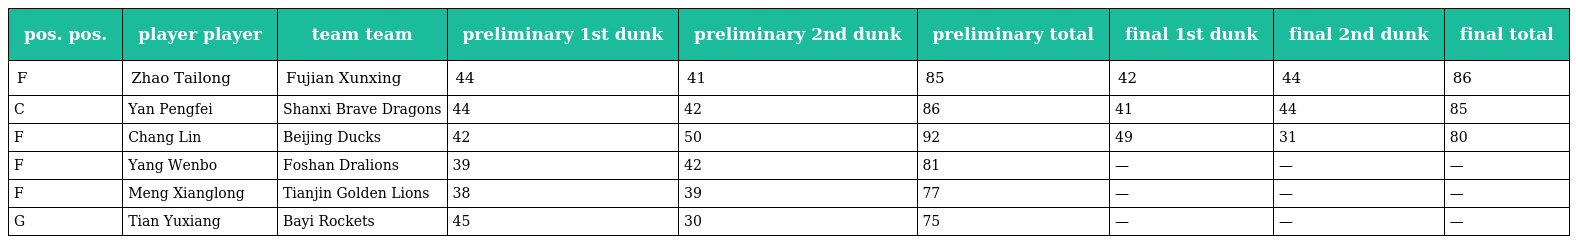
| pos. pos. | player player | team team | preliminary 1st dunk | preliminary 2nd dunk | preliminary total | final 1st dunk | final 2nd dunk | final total |
 | --- | --- | --- | --- | --- | --- | --- | --- | --- |
 | F | Zhao Tailong | Fujian Xunxing | 44 | 41 | 85 | 42 | 44 | 86 |
 | C | Yan Pengfei | Shanxi Brave Dragons | 44 | 42 | 86 | 41 | 44 | 85 |
 | F | Chang Lin | Beijing Ducks | 42 | 50 | 92 | 49 | 31 | 80 |
 | F | Yang Wenbo | Foshan Dralions | 39 | 42 | 81 | — | — | — |
 | F | Meng Xianglong | Tianjin Golden Lions | 38 | 39 | 77 | — | — | — |
 | G | Tian Yuxiang | Bayi Rockets | 45 | 30 | 75 | — | — | — |